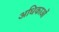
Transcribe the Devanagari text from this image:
अधिकाओं